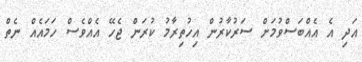
އަދި އެ އެއްބަސްވުމަށް ސަރުކާރުން އިހުތިރާމު ކުރަން ޖެހޭ އެއްވެސް ހަމައެއް ނެތް